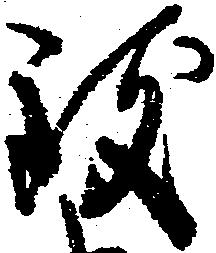
致